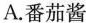
A.番茄酱